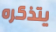
يتذكره